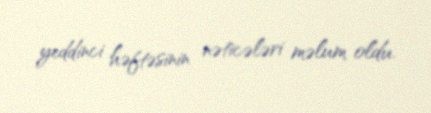
yeddinci həftəsinin nəticələri məlum oldu.